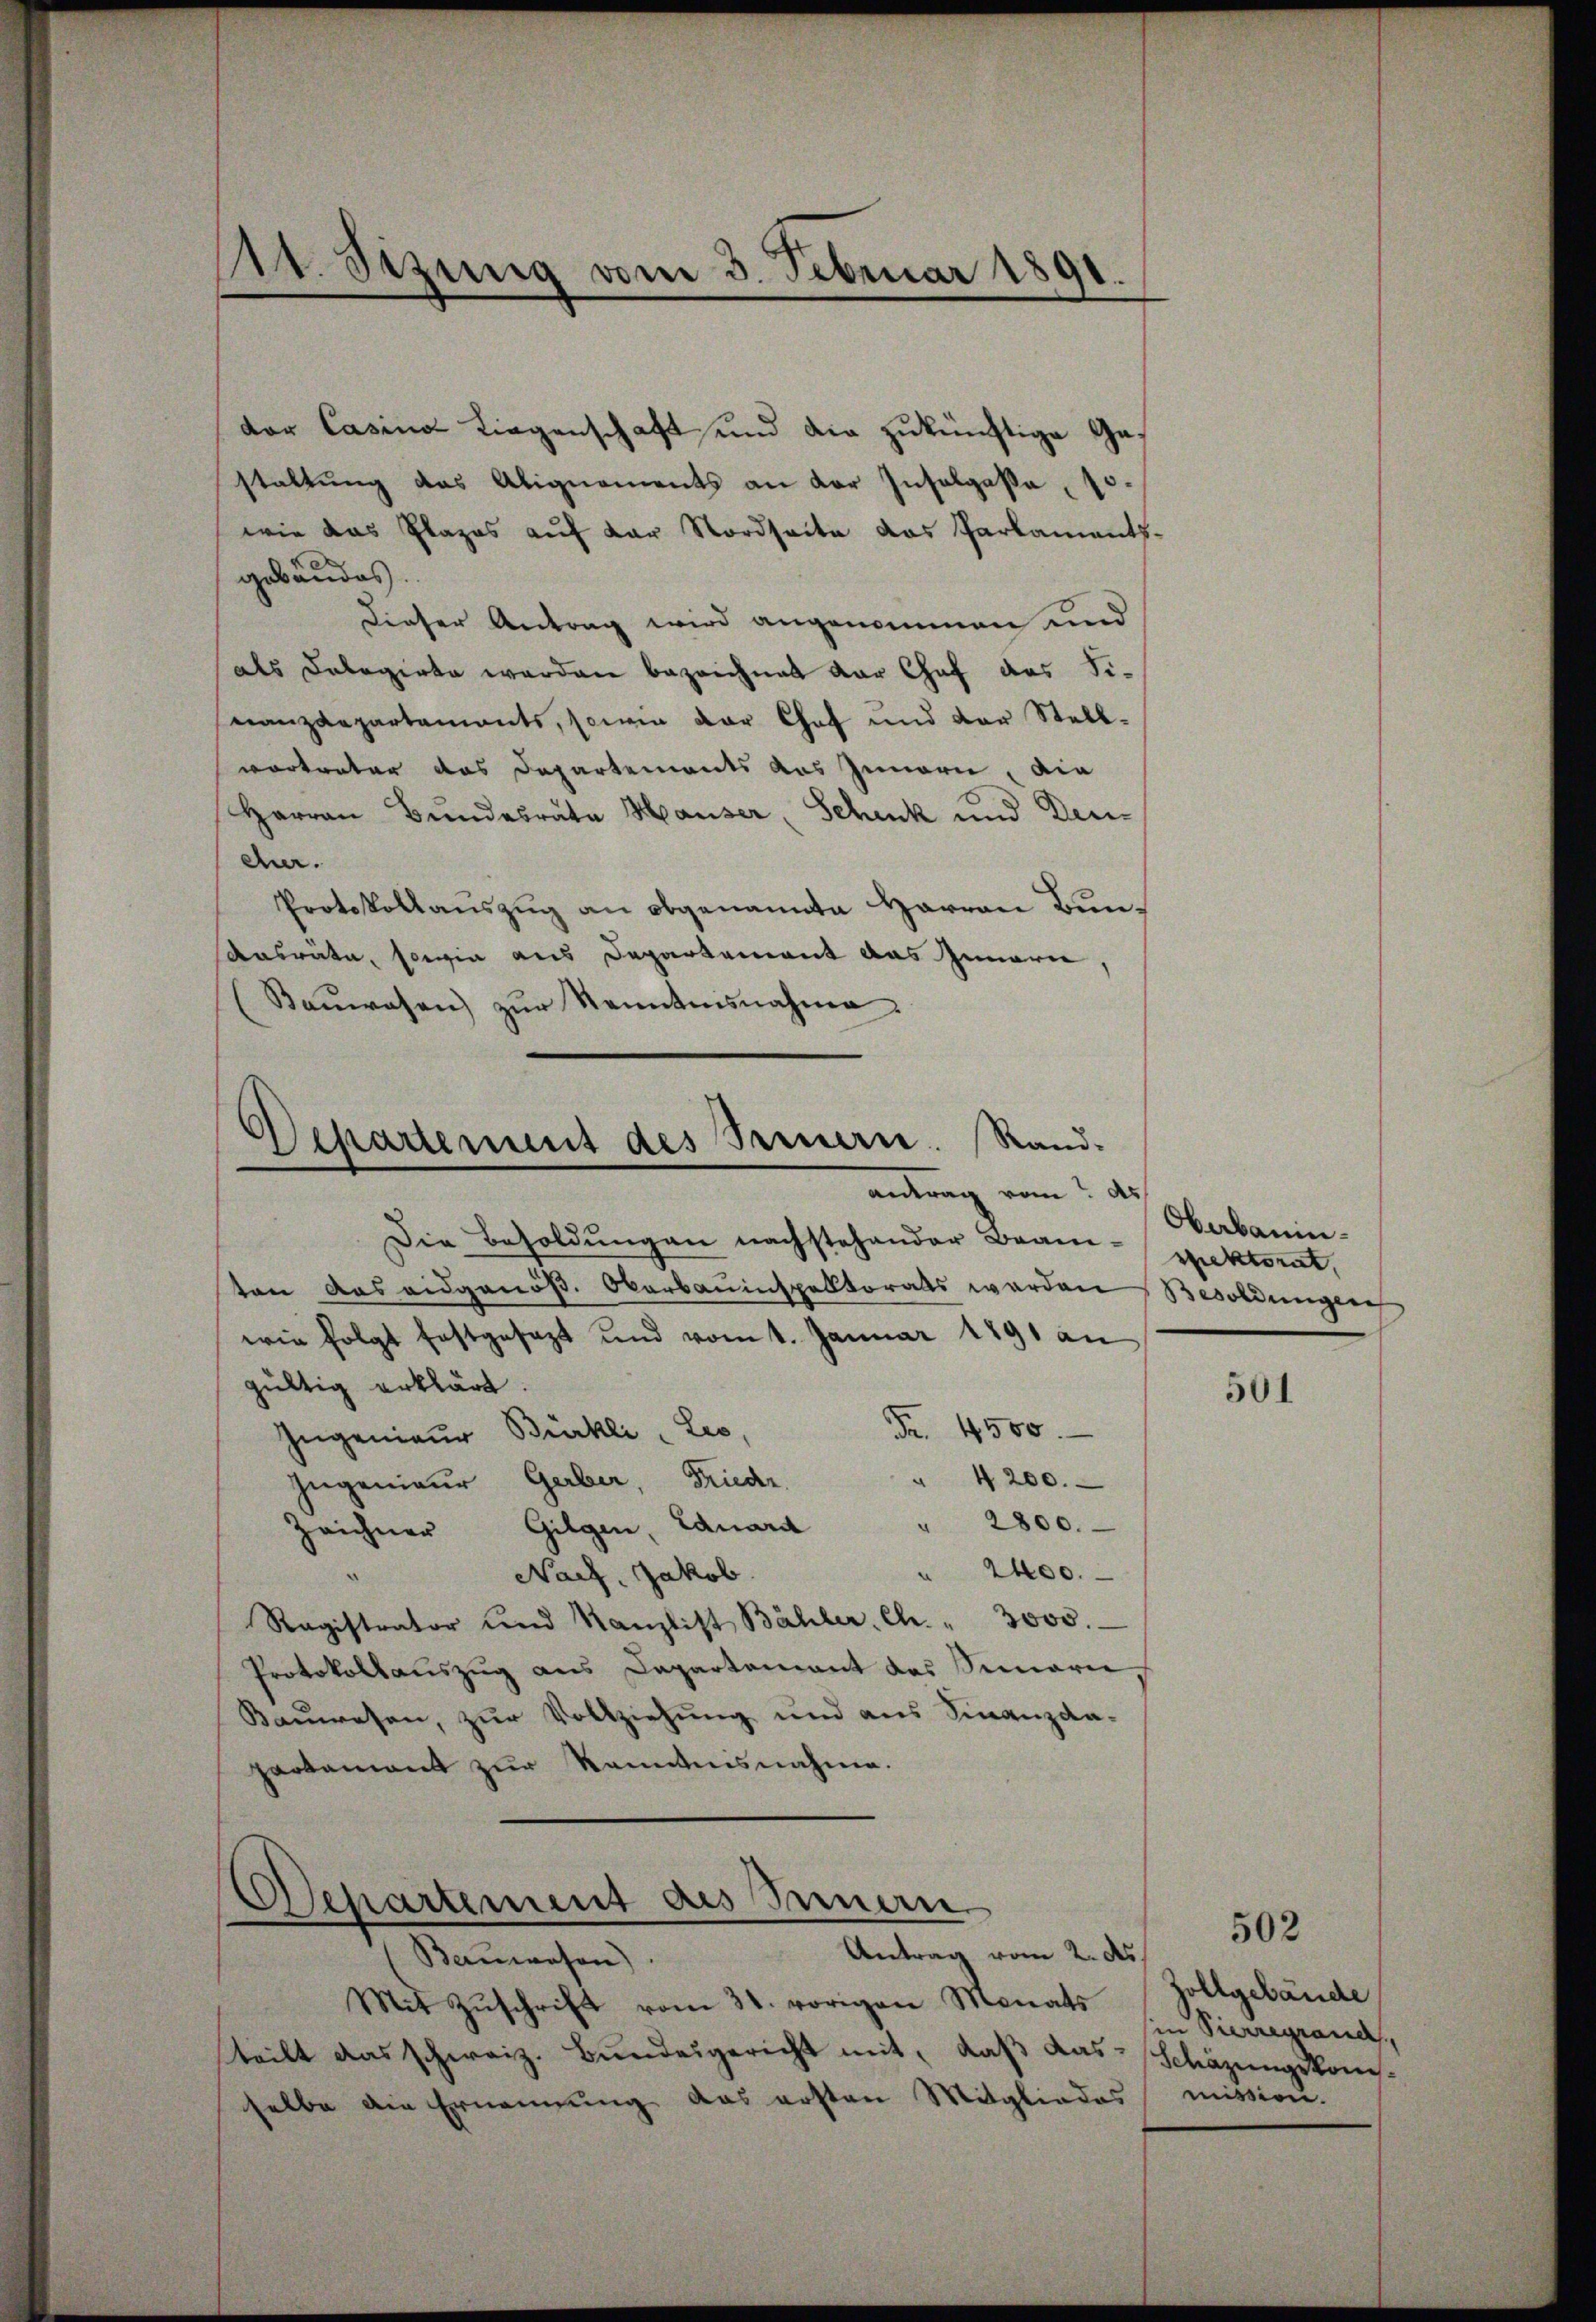
111. Sezung vom 3. Februar 1891.

dor Casina Liegenschaft und die zukünftige Gestaltung das Abignaments an der Insolgaße, 10
wie das Plazes auf der Nordseite das Parlamentsgebäudes.
Dieser Antrag wird angenommen und
als Delegirte werden bezeichnet der Chef das Sinanzdepartements, sowie der Chef und der Stellvortreter das Departements das Innern, die
Harron Bundesrate Hauser, Schenk und Deucher.
Protokollauszug an obgenannte Harron Bun¬
Ansräte, sowie aus Departement das Innern,
(Bauwesen zur Kenntnisnahme

Departement des Treuern. Rand.
antrag vom ds

Die Besoldungen nachstehender Bran-spektorat,
ten das eidgenöß. Oberbauinspektorats werden Besoldungen
wie folgt festgesezt und vom 1. Januar 1891 an
gültig erklärt.
Fr. 4500.
Ingenieur Bürkli, Leo,
" 4200.
Ingenieur Gerber, Friedr.
2800.
.
Zeichner Gilgen, Eduard
" 2400.
Nach Jakob.
Ragistrator und Kanzlist Bähler, Ch. " 3000.
Protokollauszug aus Departement das Simarie
Bauwesen, zur Vollziehung und aus Finanzdapartament zur Kenntnisnahme.

Separtement des Innern
Antrag vom 2. des

Bauwesen)
Mit Zŭschrift vom 31. vorigen Monats
teilt das schweiz. Bundesgericht mit, daß dasselbe die Ernennung das ersten Mitgliedes mission.

Oberbaum.

501

502

Zollgebäude
sin Vierregrand,
Schäzungskom¬